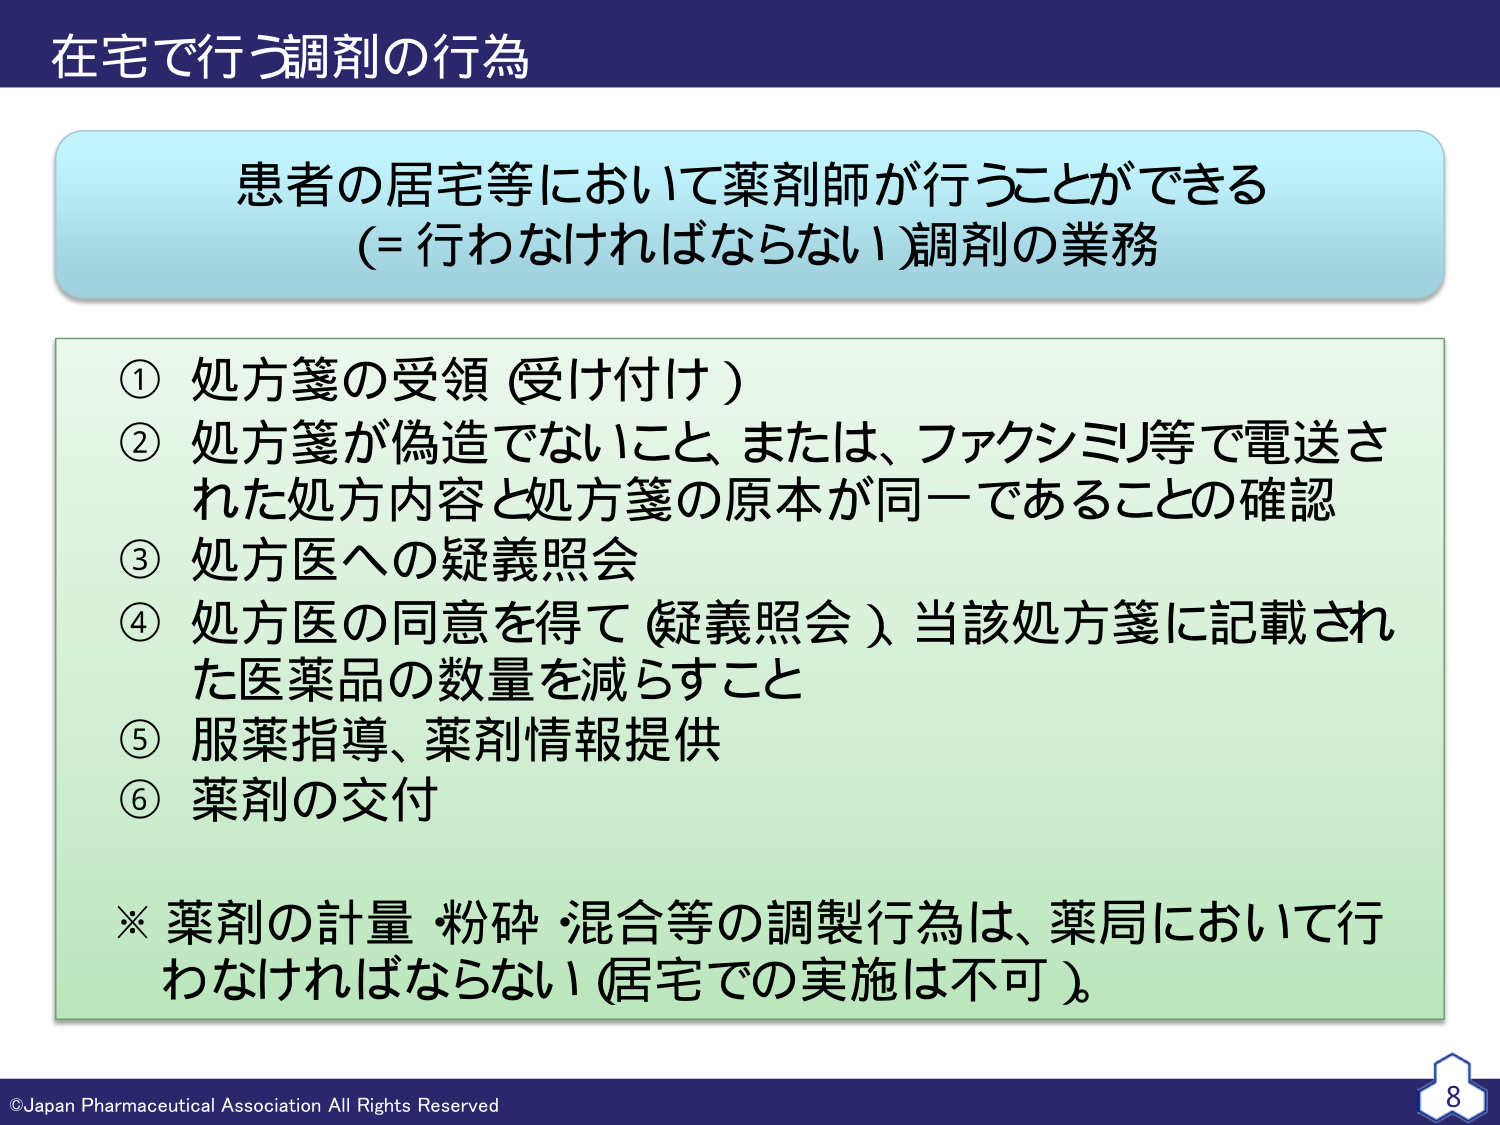
在宅で行う調剤の行為

患者の居宅等において薬剤師が行うことができる
(= 行わなければならない)調剤の業務

① 処方箋の受領（受け付け）
② 処方箋が偽造でないこと、または、ファクシミリ等で電送された処方内容と処方箋の原本が同一であることの確認
③ 処方医への疑義照会
④ 処方医の同意を得て（疑義照会）当該処方箋に記載された医薬品の数量を減らすこと
⑤ 服薬指導、薬剤情報提供
⑥ 薬剤の交付

※ 薬剤の計量・粉砕・混合等の調製行為は、薬局において行わなければならない（居宅での実施は不可）。

©Japan Pharmaceutical Association All Rights Reserved
8